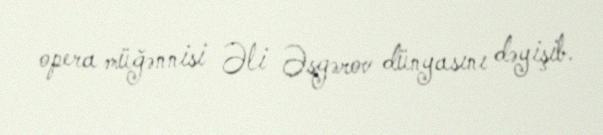
opera müğənnisi Əli Əsgərov dünyasını dəyişib.